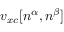
v _ { x c } [ n ^ { \alpha } , n ^ { \beta } ]